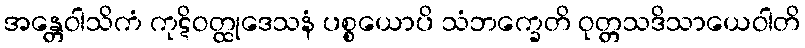
အန္တေဝါသိကံ ကုဋိဝတ္ထုဒေသနံ ပစ္စယောပိ သံဘက္ခေတိ ဝုတ္တသဒိသာယေဝါတိ